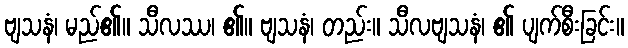
ဗျသနံ၊ မည်၏။ သီလဿ၊ ၏။ ဗျသနံ၊ တည်း။ သီလဗျသနံ၊ ၏ ပျက်စီးခြင်း။